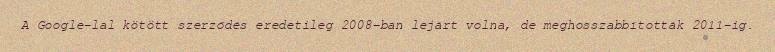
A Google-lal kötött szerződés eredetileg 2008-ban lejárt volna, de meghosszabbították 2011-ig.